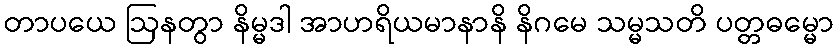
တာပယေ ဩနတွာ နိမ္မဒါ အာဟရိယမာနာနိ နိဂမေ သမ္မသတိ ပတ္တဓမ္မော